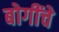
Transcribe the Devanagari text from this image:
बोगींचे